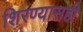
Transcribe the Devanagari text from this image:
शिरण्यासही